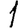
Digit: 1